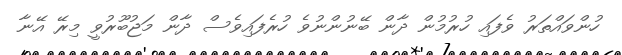
ހުންވައްތަރު ވެފައި ހުރުމުން ދާން ބޭނުންނުވެ ހުރެފައިވެސް ދާން މަޖުބޫރުވީ މިރޭ އޭނާ